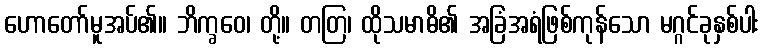
ဟောတော်မူအပ်၏။ ဘိက္ခဝေ၊ တို့။ တတြ၊ ထိုသမာဓိ၏ အခြံအရံဖြစ်ကုန်သော မဂ္ဂင်ခုနှစ်ပါး